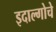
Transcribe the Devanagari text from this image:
इदाल्गोचे